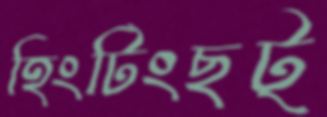
হিংটিংছট্‌